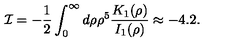
{ \cal I } = - { \frac { 1 } { 2 } } \int _ { 0 } ^ { \infty } d \rho \rho ^ { 5 } { \frac { K _ { 1 } ( \rho ) } { I _ { 1 } ( \rho ) } } \approx - 4 . 2 .